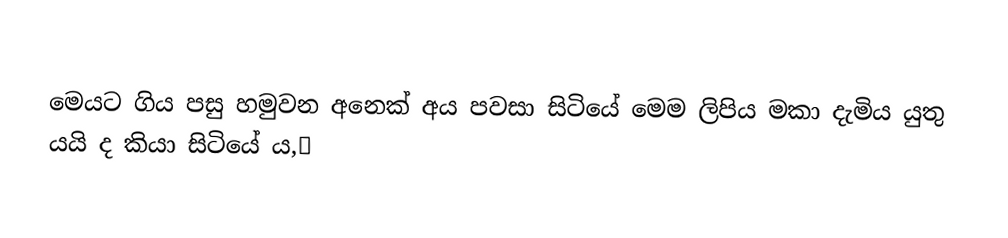
මෙයට ගිය පසු හමුවන අනෙක් අය පවසා සිටියේ මෙම ලිපිය මකා දැමිය යුතු යයි ද කියා සිටියේ ය,📚